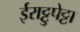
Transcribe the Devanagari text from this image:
ईराट्टुपेट्टा